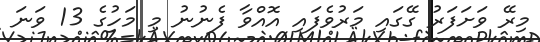
މިރޭ ވަށަފަރު ގޭގައި މަރުވެފައި އޮއްވާ ފެނުނު މި މަހުގެ 13 ވަނަ